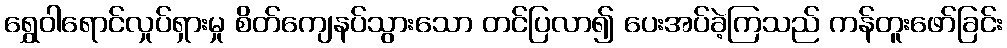
ရွှေဝါရောင်လှုပ်ရှားမှု စိတ်ကျေနပ်သွားသော တင်ပြလာ၍ ပေးအပ်ခဲ့ကြသည် ကန်တူးဖော်ခြင်း